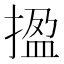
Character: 㨕